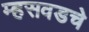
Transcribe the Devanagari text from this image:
म्हसवडचे